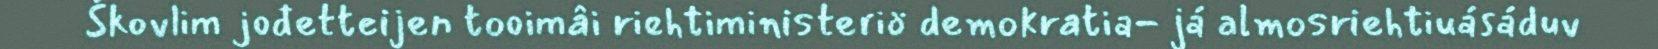
Škovlim jođetteijen tooimâi riehtiministeriö demokratia- já almosriehtiuásáduv